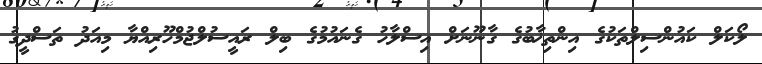
ލޯކަލް ކައުންސިލްތަކުގެ އިންތިޚާބުގެ ގާނޫނަށް އިސްލާހު ގެނައުމުގެ ބިލް ރައީސުލްޖުމްހޫރިއްޔާ މިއަދު ތަސްދީގު